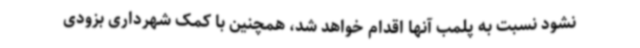
نشود نسبت به پلمب آنها اقدام خواهد شد، همچنین با کمک شهرداری بزودی